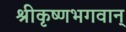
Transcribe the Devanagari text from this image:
श्रीकृष्णभगवान्